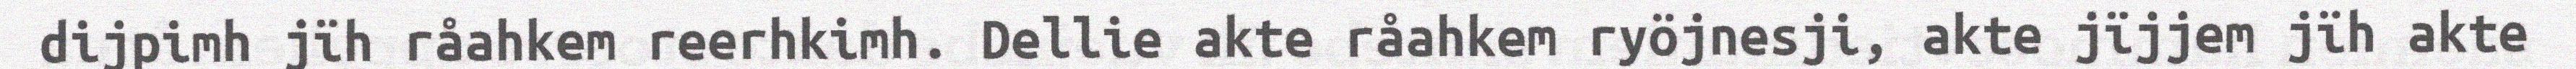
dijpimh jïh råahkem reerhkimh. Dellie akte råahkem ryöjnesji, akte jïjjem jïh akte